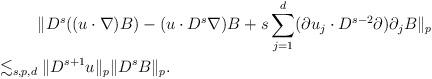
LaTeX: \begin{align*}& \| D^s ((u\cdot \nabla )B) - (u\cdot D^s \nabla)B + s \sum_{j=1}^d ( \partial u_j \cdot D^{s-2} \partial)\partial_j B \|_p \\\lesssim_{s,p,d}&\; \| D^{s+1} u \|_p \| D^s B\|_p.\end{align*}